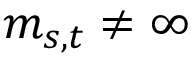
m _ { s , t } \neq \infty